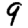
Digit: 9